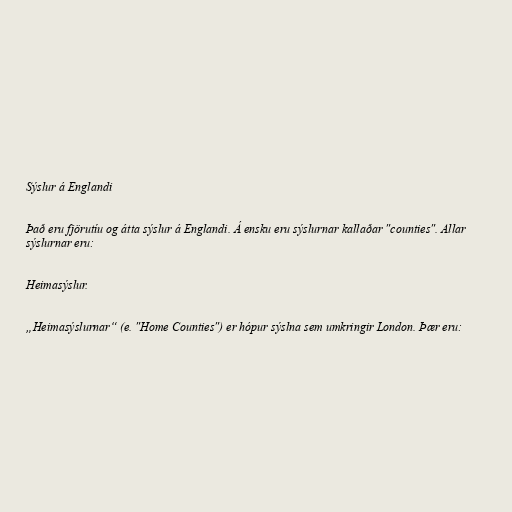
Sýslur á Englandi

Það eru fjörutíu og átta sýslur á Englandi. Á ensku eru sýslurnar kallaðar "counties". Allar
sýslurnar eru:

Heimasýslur.

„Heimasýslurnar“ (e. "Home Counties") er hópur sýslna sem umkringir London. Þær eru: